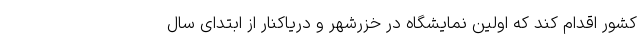
کشور اقدام کند که اولین نمایشگاه در خزرشهر و دریاکنار از ابتدای سال